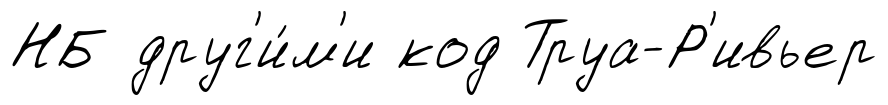
НБ друг'и́м'и код Труа-Р'ивьер